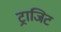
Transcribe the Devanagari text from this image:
ट्राजिट